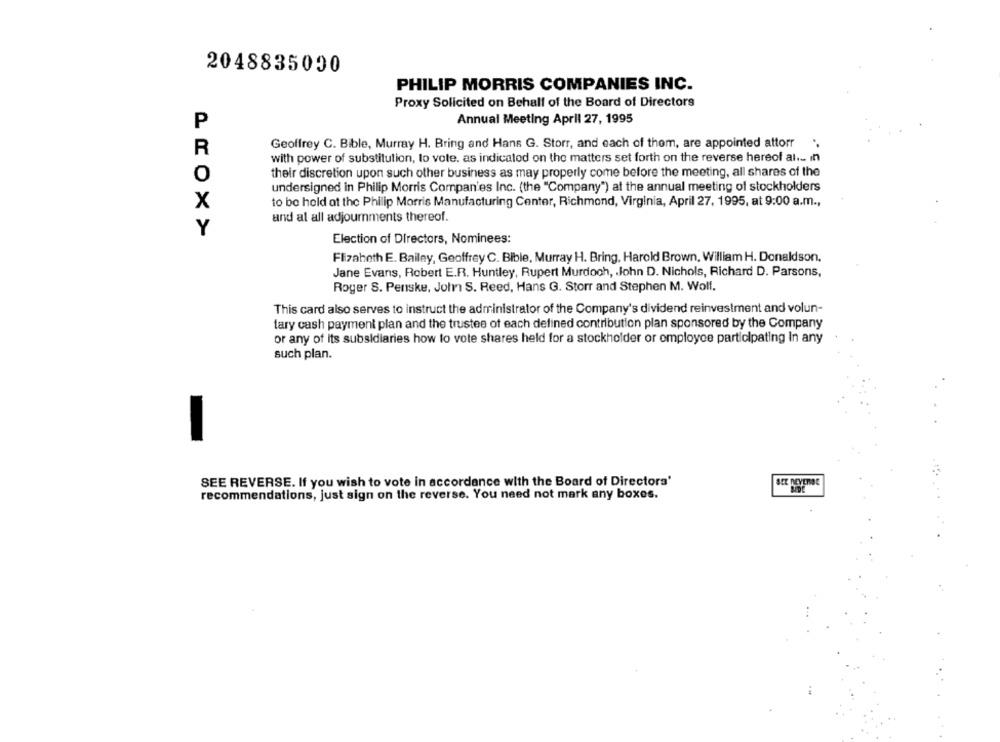
2048835090
PHILIP MORRIS COMPANIES INC.
Proxy Solicited on Behalf of the Board of Directors
P
Annual Meeting April 27, 1995
Geoffrey C. Bible, Murray H. Bring and Hans G. Storr, and each of them, are appointed attorr
R
with power of substitution, to vote, as indicalod on the matters set forth on the reverse hereof al ... in
their discretion upon such other business as may properly come before the meeting, all shares of the
undersigned in Philip Morris Companies Inc. (the "Company") at the annual meeting of stockholders
X
to be held at the Philip Morris Manufacturing Center, Richmond, Virginia, April 27, 1995, at 9:00 a.m .,
and al all adjournments thereof.
Y
Election of Directors, Nominees:
Flizabeth E. Bailey, Geoffrey C. Bible, Murray H. Bring, Harold Brown, William H. Donaldson.
Jane Evans, Robert E.R. Huntley, Rupert Murdoch, John D. Nichols, Richard D. Parsons,
Roger S. Penske, John S. Reed, Hans G. Storr and Stephen M. Wolf.
This card also serves to instruct the administrator of the Company's dividend reinvestment and volun-
tary cash payment plan and the trustee of each defined contribution plan sponsored by the Company
or any of its subsidiaries how to vote shares held for a stockholder or employee participating In any
such plan.
SEE REVERSE. If you wish to vote in accordance with the Board of Directors'
SEL DEVENISE
recommendations, just sign on the reverse. You need not mark any boxes.